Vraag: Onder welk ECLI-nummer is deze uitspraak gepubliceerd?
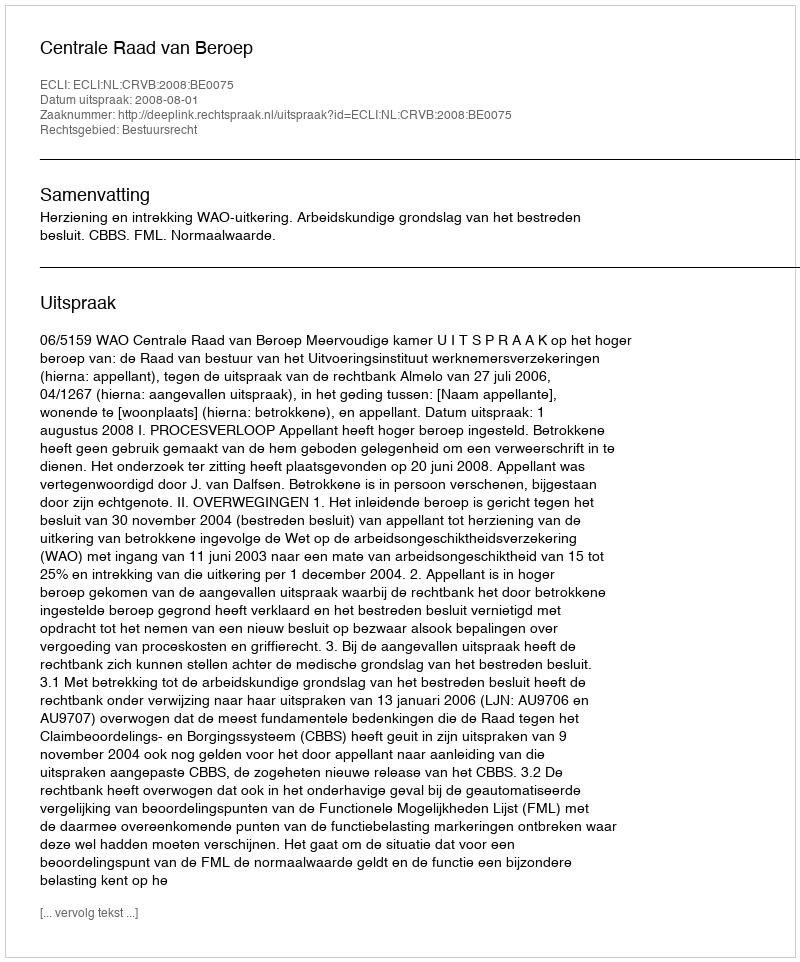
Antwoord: ECLI:NL:CRVB:2008:BE0075